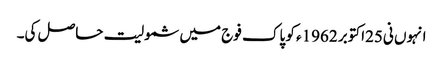
انہوں نی25اکتوبر 1962ء کو پاک فوج میں شمولیت حاصل کی۔